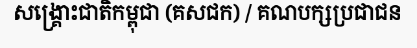
សង្គ្រោះជាតិកម្ពុជា (គសជក) / គណបក្សប្រជាជន